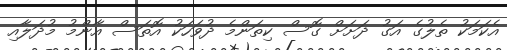
އެކަމަކު ތެލުގެ އަގު ދަށަށް ގޮސް ކިތަންމެ ދުވަހަކު އޮތަސް އާންމު މުދަލާއި